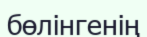
бөлінгенің